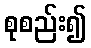
စုစည်း၍